Annual report on the health of the army in India
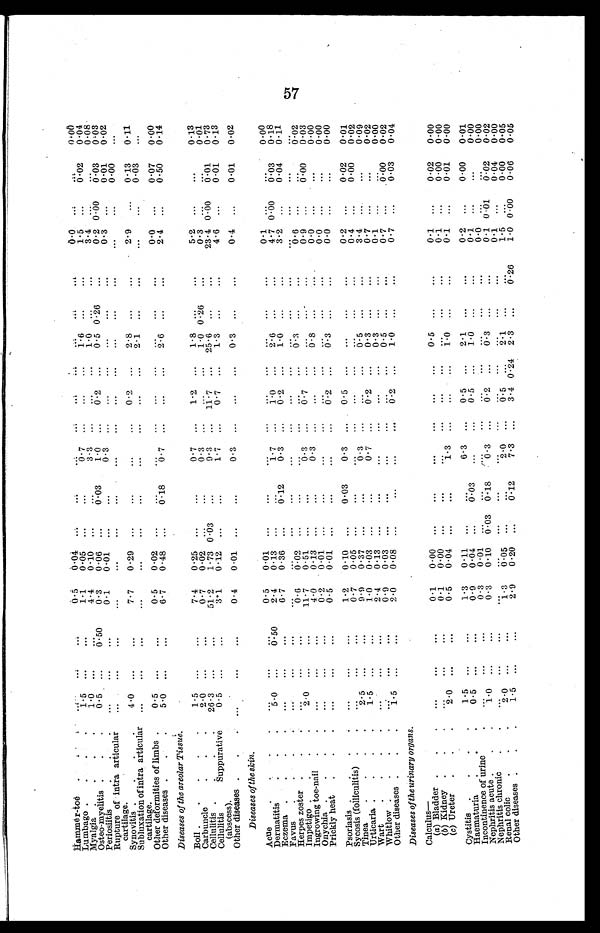
Hammêr-toë
. . .
Lumbago . .
Myalgia . . . .
Osteo-myelitis . . .
Periositis
Rupture of intra articular
cartilage.
Synovitis .
Subluxation of intra articular
cartilage.
Other deformities of limbs .
Other diseases . . .
...
1.5
1.0
0.5
...
...
4.0
...
0.5
5.0
...
...
...
...
...
...
...
... ... ...
... ... ... 0 . 5 0
... ... ... ... ... ...
0.5
1.1
4.4
0.3
0.1
...
7.7
...
0.5
6.7
0.04
0.05
0.10
0.06
0.01
...
0.29
...
0.02
0.48
...
...
...
...
...
...
...
...
...
...
...
... ...
0.03
...
...
... ... ... 0 . 1 8
... 0 . 7
3 . 3
1 . 0
0 . 3
... ... ... ... 0 . 7 ... ... ... ... ... ... ... ... ... ...
... ... ...
0 . 2
... ...
0 . 2
... ... ...
... ... ... ... ... ... ... ... ... ... ... 1 . 6
1 . 0
0 . 5
... ... 2 . 8
2 . 1
... 2 . 6
... ... ... 0 . 2 6
... ... ... ... ... ...
... ... ... ... ... ... ... ... ... ...
0 . 0
1 . 5
3 . 4
0 . 2
0 . 3
... 2 . 9
... 0 . 0
2 . 4
...
...
...
0.00
...
... ...
...
...
...
...
0.02 ...
0.03
0.01
0.00
0.13
0.03
0.07 0 . 5 0
0 . 0 0
0.04
0.08
0.03
0.02
...
0.11
...
0.00 0 . 1 4
Diseases of the areolar Tissue,
. . .
. . .
0.50 0.14
Boil.
. . . .
Carbuncle
Cellulitis . . .
Cellulitis
Suppurative
(abscess).
Other diseases . .
1.5
2.0
26.3
0.5
. . .
. . .
. . .
. . .
. . .
. . .
...
...
...
...
...
7.4
0.7
51.2
3.1
0.4
0.25
0.02
1.73
0.12
0.01
. . .
. . .
0.03
. . .
. . .
...
...
...
...
...
0.7
0.3
9.3
1.7
0.3
. . .
. . .
. . .
. . .
. . .
1.2 . . .
11.7
0.7
. . .
...
... ... ...
...
1.8
1.0
25.6
1.3
0.3
. . .
0.26
. . .
. . .
. . .
. . .
. . .
. . .
. . .
. . .
5.2
0.3
23.4
4.6
0.4
. . .
. . .
0.00 . . .
. . .
. . .
. . .
0.01
0.01
0 01
0.13
0.01
0.73
0.13
0.02
Diseases of the skin.
. . .
Acue.
. . .
Dermatitis
Eczema . . . .
Favus
. . . .
Herpes zoster . . .
Impetigo . . . .
Ingrowing toe-nail . .
Onychia . . . .
Prickly heat . . .
. . .
5.0
. . .
. . .
. . .
2 . 0
. . .
. . .
. . .
. . .
. . .
. . .
. . .
. . .
. . .
. . .
. . .
. . .
... 0.50 ... ... ... ... ... ... ...
0.5
2.4
6.7 . . .
0.6
11.7
4.0
0.2
0.5
0.01
0.13
0.36
...
0.02 0 . 5 1
0.13
0.01
0.01
. . .
. . .
. . .
. . .
. . .
. . .
. . .
. . .
. . .
... ...
0.12
... ... ... ...
...
...
. . .
1 . 7
0 . 3
. . .
. . .
0 . 3
0.3 . . .
. . .
. . .
. . .
. . .
. . .
. . .
. . .
. . .
. . .
. . .
. . .
1.0
0.2 . . .
. . . 0 . 7
. . .
. . .
0.2
...
...
...
...
...
... ... ... ...
. . .
2.6
1.0. . .
0 . 3
. . .
0 . 8
. . .
0.3
. . .
. . .
. . .
. . .
. . .
. . .
. . .
. . .
. . .
. . .
. . .
. . .
. . .
. . .
. . .
. . .
. . .
. . .
0.1
4.7
3.2. . .
0.6
0.9 0 . 0
0 . 0
0 . 0
. . .
0.00
. . .
. . .
. . .
. . .
. . .
. . .
. . .
. . .
0 . 0 3
0.04 . . .
. . .
0 . 0 0
. . .
. . .
. . .
0.00
0.18
0.11 . . .
0 . 0 2
0.03
0.00
0.00
0.00
Psoriasis . . . .
Sycosis (folliculitis) . .
Tinea
. . . .
Urticaria . . . .
Wart
. . . .
Whitlow . . . .
Other diseases . . .
... ...
2.5
1.5
... ...
1.5
...
...
...
...
...
... ...
... ... ... ... ... ... ...
1.2
0.7
9.9
1.0 2 . 4
0.9
2.0
0.10
0.05
0.37
0.03
0.13
0.03
0.08
...
...
...
...
...
...
...
0.03
... ... ... ... ... ...
0 . 3
... 0 . 3
0 . 7
... ... ...
...
...
...
... ... ... ...
0 . 5
... ...0 . 2
... ...0 . 2 ...
...
...
... ... ... ...
... ... 0 . 5
0.3
0.3
0.5
1.0
... ... ... ... ... ... ...
... ... ... ... ... ... ...
0.2
0.4
3.4
0.7
0.1
0.7
0.7
... ... ... ... ... ... ....
0.02
0.00 . . .
. . .
. . .
0.00
0.03
0.01
0.02
0.09
0.02
0.00
0.02
0.04
Diseases of the urinary organs.
Calculus
—
(a) Bladder .
.
.
(b) Kidney . . .
(c) Ureter . . .
. . .
. . .
2.0
. . .
. . .
. . .
...
...
...
0.1
0.1
0.5
0.00
0.00
0.04
. . .
. . .
. . .
...
...
...
. . .
. . .
1 . 3
. . .
. . .
. . .
. . .
. . .
. . . ... ... ... 0.5 . . .
1 . 0
. . .
. . .
. . .
. . .
. . .
. . .
0.1
0.1
0.1
. . .
. . .
. . .
0.02
0.00
0.01
0.00
0.00
0.00
Cystitis . . . .
Haematuria . . .
Incontinence of urine
.
Nephritis acute . . .
Nephritis chronic
. .
Renal colic
. . .
Other diseases . . .
1.5
0.5 . . .
1.0 . . .
2.0
1.5
. . .
. . .
. . .
. . .
. . .
. . .
. . .
...
...
...
... ... ... ...
1.3
0.9
0.3
0.3 . . .
1.3
2.9
0.11
0.01
0.01
0.10
...
0.05
0.20
. . .
. . .
. . .
0.03
. . .
. . .
. . .
...
0.03
...
0.18
... ...
0.12
6.3 . . .
. . .
0.3 . . .
2.0
7.3
. . .
. . .
. . .
. . .
. . .
. . .
. . .
0.5
0.5 . . .
0.2 . . .
0.5
3.4
... ... ... ... ... ...
0.24
2.1
1.0 . . .
0.3 . . .
2.1
2.3
. . .
. . .
. . .
. . .
. . .
. . .
. . .
. . .
. . .
. . .
. . .
. . .
. . .
0 . 2 6
0.2
0.1
0.0
0.1
0.1
1.5
1.0
. . .
. . .
. . .
0.01
. . .
. . .
0.00
0.00 . . .
. . .
0.02
0.04
0.00
0.06
0.01
0.00
0.00
0.020 . 0 0
0.05
0.05